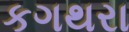
કગથરા